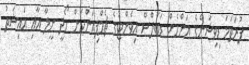
ފުރަތަމަ ޑިވިޝަންގެ އަންހެން ޑަބަލްސް އިވެންޓުގެ ޗެމްޕިއަންކަން ހޯދީ ނީލާ އާއި އައިޝަތު